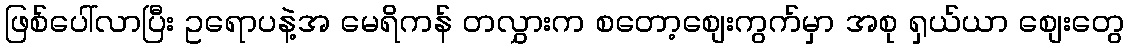
ဖြစ်ပေါ်လာပြီး ဥရောပနဲ့အ မေရိကန် တလွှားက စတော့စျေးကွက်မှာ အစု ရှယ်ယာ စျေးတွေ